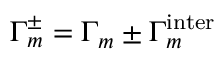
\Gamma _ { m } ^ { \pm } = \Gamma _ { m } \pm \Gamma _ { m } ^ { \mathrm { i n t e r } }